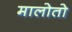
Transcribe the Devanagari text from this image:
मालोतो